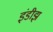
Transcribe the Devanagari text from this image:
इंडीझ़़